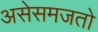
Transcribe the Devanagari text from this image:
असेसमजतो